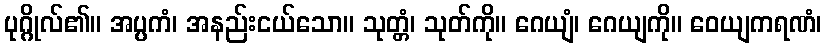
ပုဂ္ဂိုလ်၏။ အပ္ပကံ၊ အနည်းငယ်သော။ သုတ္တံ၊ သုတ်ကို။ ဂေယျံ၊ ဂေယျကို။ ဝေယျကရဏံ၊